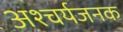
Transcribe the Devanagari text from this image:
अश्चर्यजनक